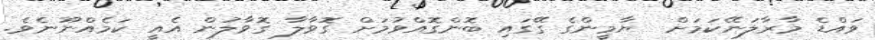
ވައްޑެ މާރާލަނޭކަމަށް  ޔާމީންގެ ގޭގައި ބޮންގޮއްވުމަށް ގޮވާލާ ގޮވާލުން އެއީ ކަމެއްނޫނެވެ.